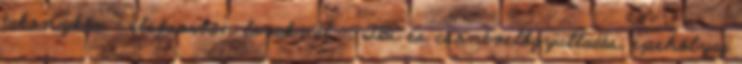
takonykór – elsősorban lovaknál -, TBC és csontvelőgyulladás, epehólyag